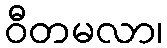
ဝီတမလာ၊